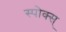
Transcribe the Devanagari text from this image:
स्पोक्स्